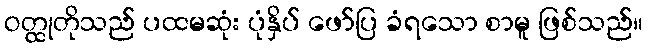
ဝတ္ထုတိုသည် ပထမဆုံး ပုံနှိပ် ဖော်ပြ ခံရသော စာမူ ဖြစ်သည်။